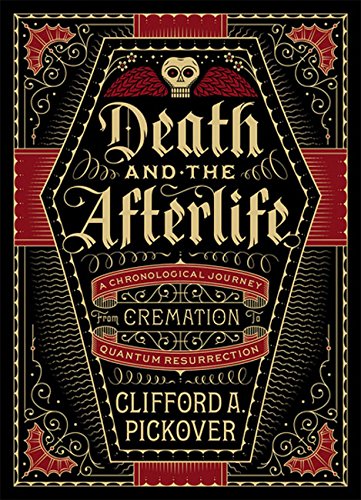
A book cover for Death and the Afterlife: A Chronological Journey, from Cremation to Quantum Resurrection; Clifford A. Pickover; Politics & Social Sciences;